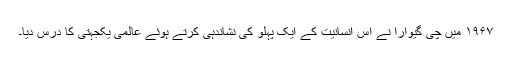
۱۹۶۷ میں چی گیوارا نے اس انسانیت کے ایک پہلو کی نشاندہی کرتے ہوئے عالمی یکجہتی کا درس دیا۔